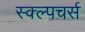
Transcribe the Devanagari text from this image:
स्क्ल्पचर्स